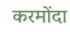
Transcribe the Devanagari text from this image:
करमोंदा